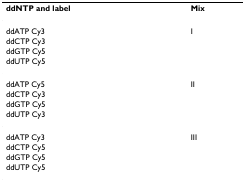
<table><thead><tr><td><b>ddNTP and label</b></td><td><b>Mix</b></td></tr></thead><tbody><tr><td>ddATP Cy3</td><td>I</td></tr><tr><td>ddCTP Cy3</td><td></td></tr><tr><td>ddGTP Cy5</td><td></td></tr><tr><td>ddUTP Cy5</td><td></td></tr><tr><td>ddATP Cy5</td><td>II</td></tr><tr><td>ddCTP Cy3</td><td></td></tr><tr><td>ddGTP Cy5</td><td></td></tr><tr><td>ddUTP Cy3</td><td></td></tr><tr><td>ddATP Cy3</td><td>III</td></tr><tr><td>ddCTP Cy5</td><td></td></tr><tr><td>ddGTP Cy5</td><td></td></tr><tr><td>ddUTP Cy5</td><td></td></tr></tbody></table>